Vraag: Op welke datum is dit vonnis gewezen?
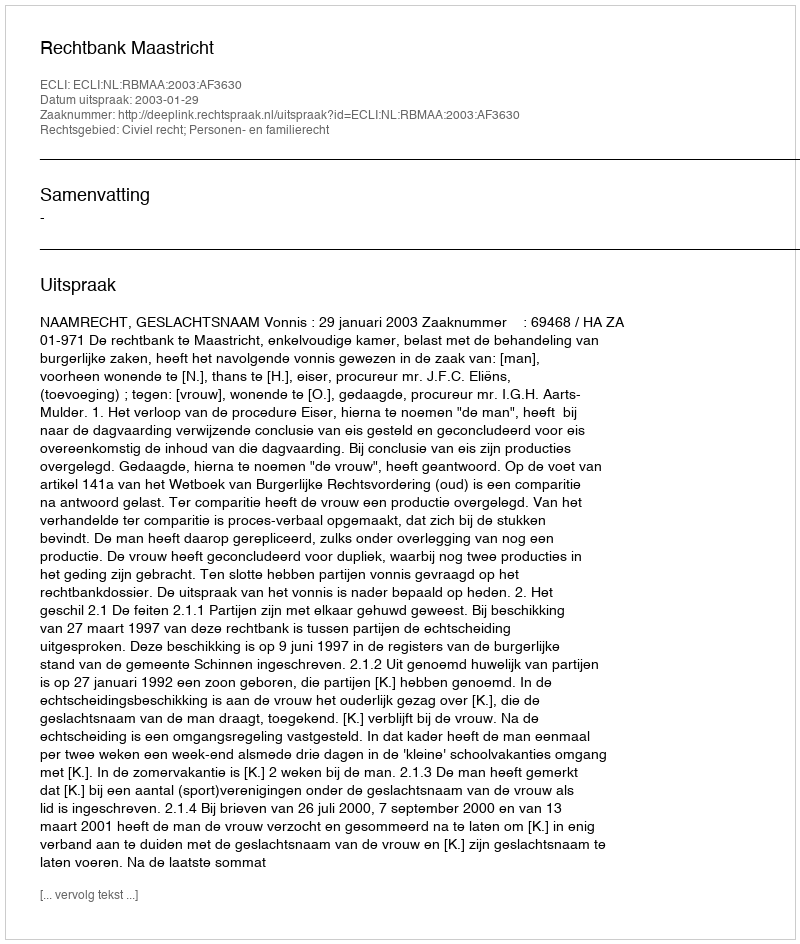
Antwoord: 2003-01-29